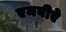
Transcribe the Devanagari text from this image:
एमबीऐ